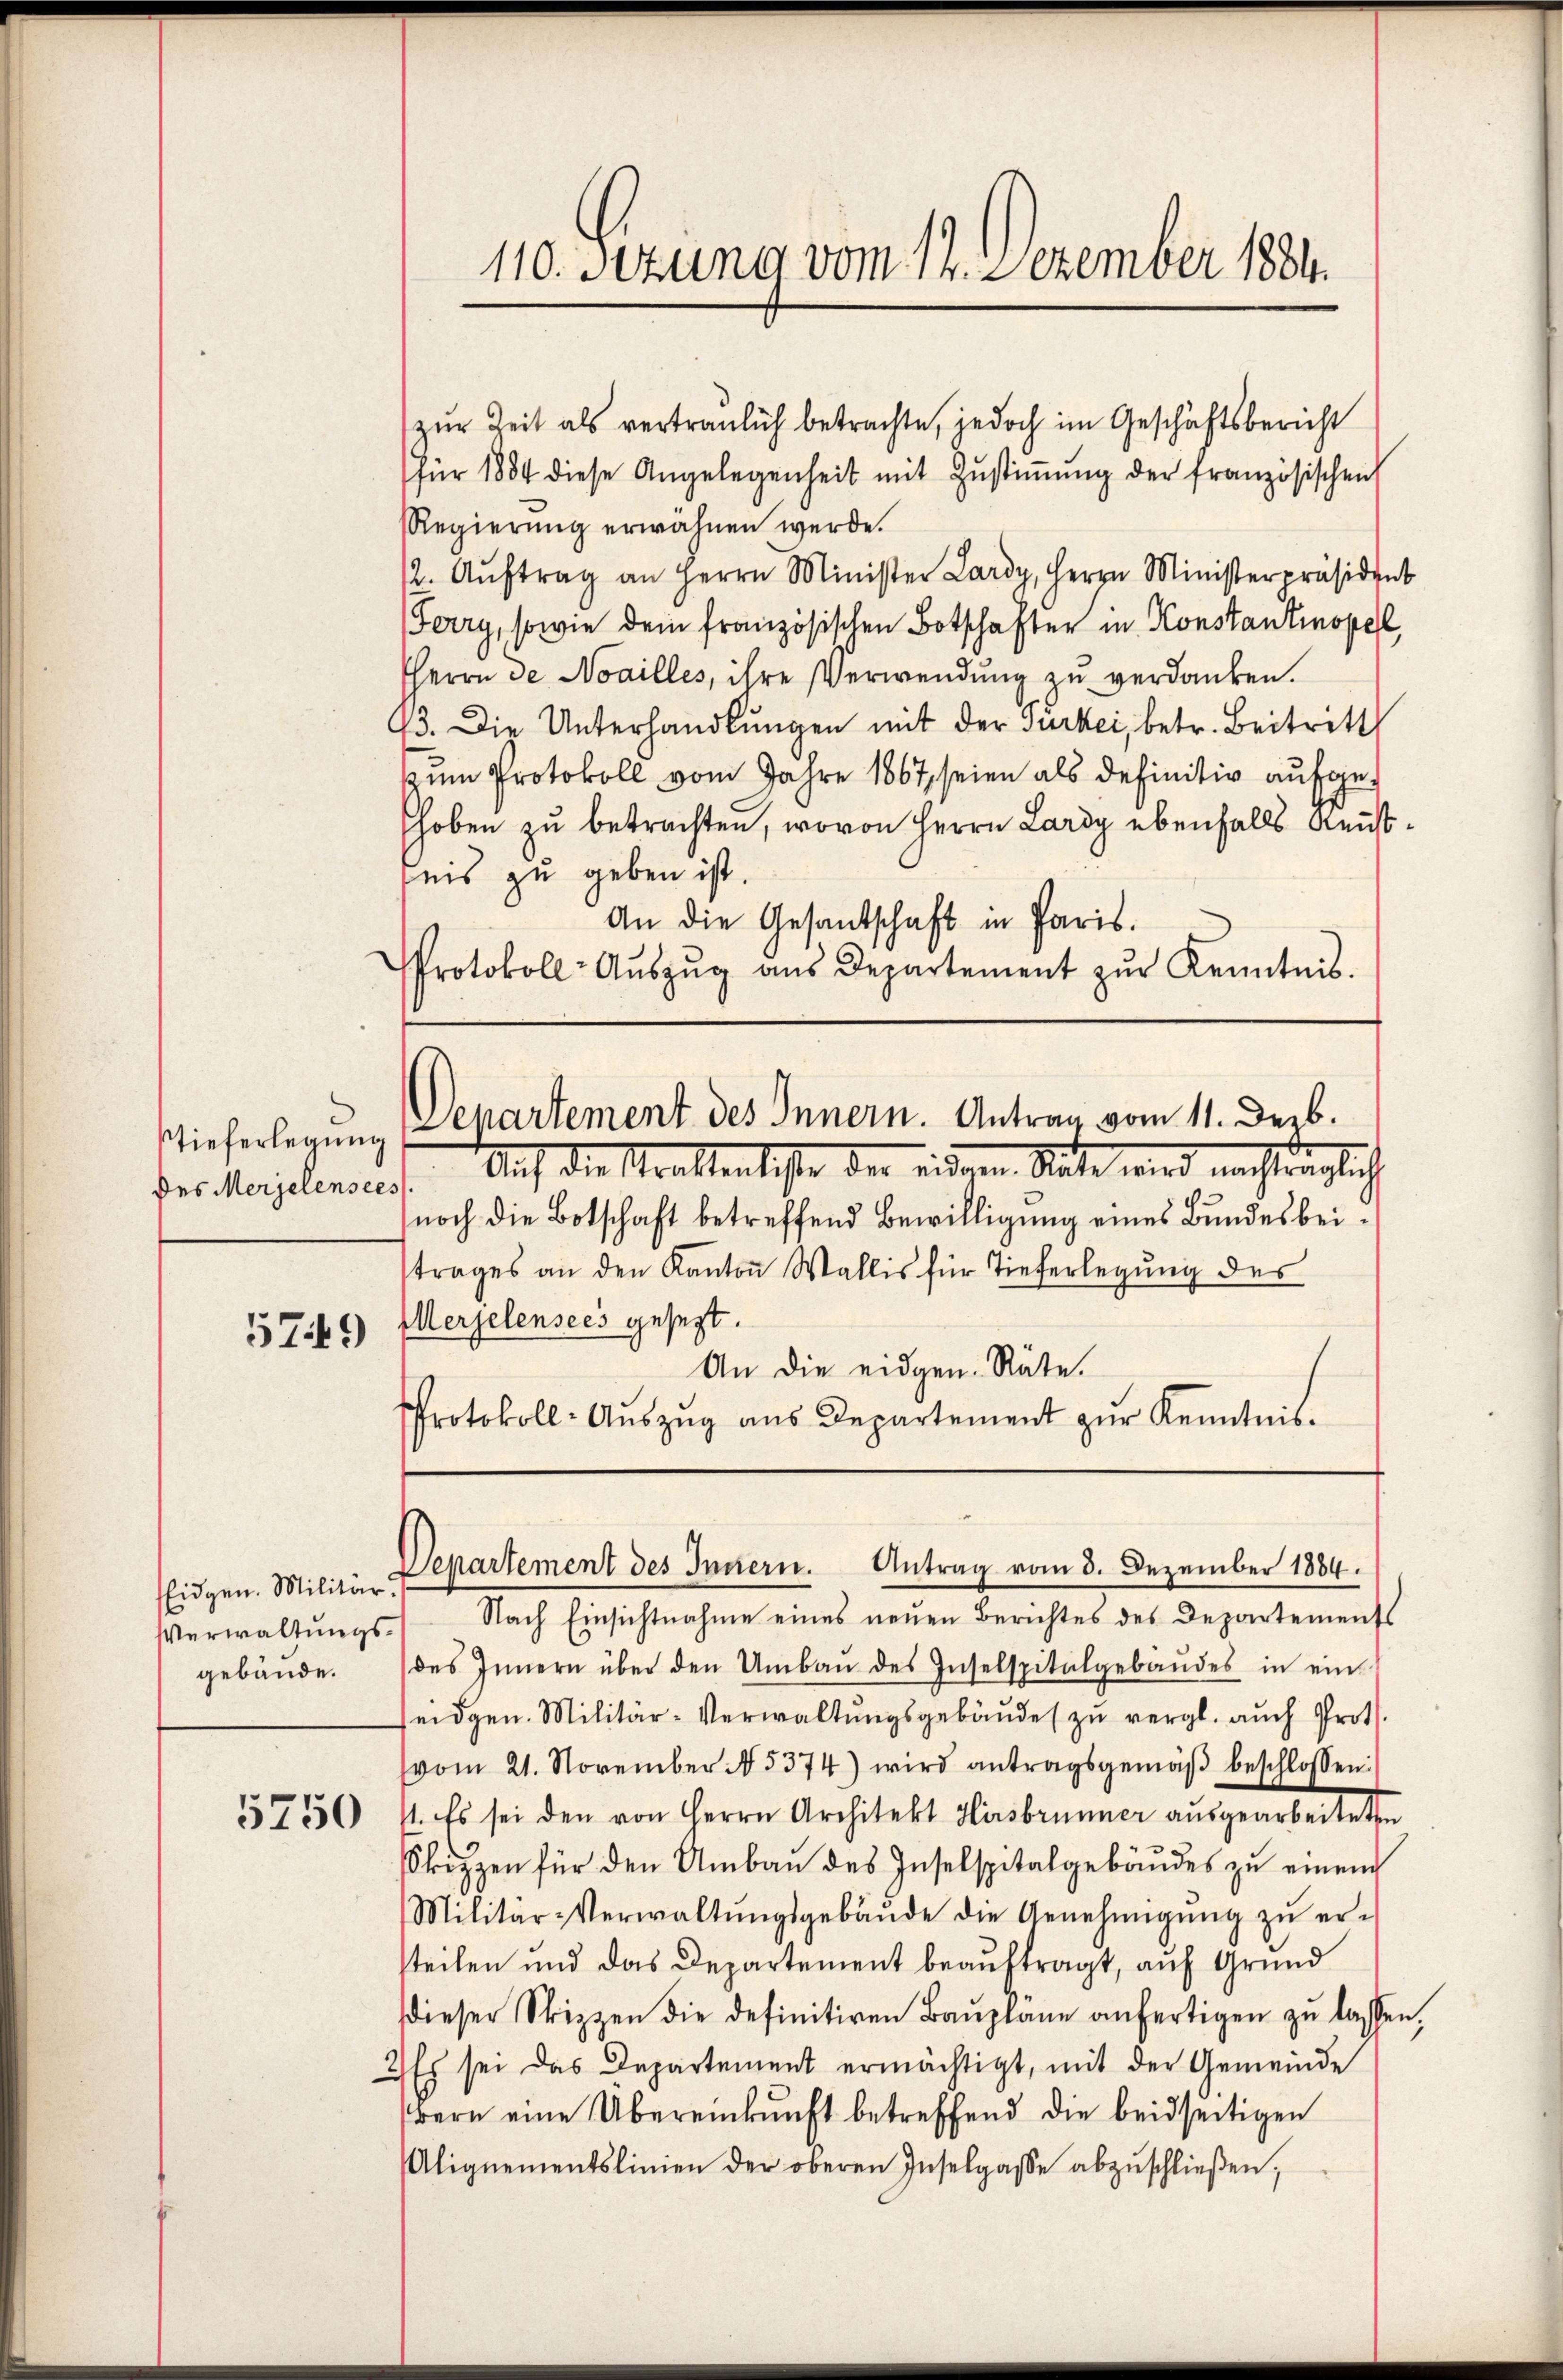
tieferlegung
des Merjelensees
5749

Eidgen. Militär.
Verwaltungs
gebäude.

5750

zur Zeit als vertraulich betrachte, jedoch im Geschäftsbericht
für 1884 diese Angelegenheit mit Zŭstiṁŭng der französischen
Regierŭng erwähnen werde.
2. Aŭftrag an Herrn Minister Lardy, Herrn Ministerpräsid
Ferry, sowie dein französischen Botschafter in Konstantinopel
HHerrn de Noailles, ihre Verwendung zu verdanken.
93. Die Unterhandlŭngen mit der Türkei, betr. Beitritt
zum Protokoll vom Jahre 1867, seien als definitiv aufge¬
Choben zu betrachten, wovon Herrn Lardy ebenfalls Reustnis zu geben ist.
An die Gesandschaft in Paris.
Protokoll- Aŭszŭg aŭs Departement zŭr Kenntnis.

110. Sezung vom 12. Dezember 1884.

Departement des Innern. Antrag vom 11. Dezb.

Auf die Strastentiste der eingen Rate wird nachträglich
noch die Botschaft betreffend Bewilligung eines Bundesbeitrages an den Kanton Wallis für Tieferlegung des
Merjelensees gesezt.
An die eidgen. Räte.
Protokoll-Auszug aus Departement zur Kenntnis.

Departement des Innern. Antrag vom 3. Dezember 1884.

Nach Einsichtnahme eines neuen Berichtes des Departements
des Innern über den Umbaŭ des Inselspitalgebäŭdes in ein
seidgen. Militär-Verwaltungsgebäudes zu vergl. auch Prot
(vom 21. November 15374) wird antragsgemäβ beschlossen:
1. Es sei den von Herrn Architekt Hirsbrunner ausgearbeiteten
Skizzen für den Umbau des Inselspitalgebäudes zu einen
Militär-Verwaltŭngsgebäŭde die Genehmigŭng zŭ er-
steilen und das Departement beauftragt, auf Grund
dieser Strizzen die definitiven Baŭpläne anfertigen zŭ lassen,
2) Es sei das Departement ermächtigt, mit der Gemeinde
wern eine Übereinkunft betreffend die beidseitigen
Alignementslinien der oberen Inselgasse abzŭschlieβen,